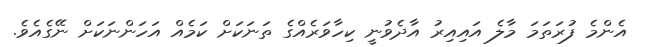
އެންމެ ފުރަތަމަ މާލެ އައިއިރު އާދެވުނީ ކިހާވަރެއްގެ ތަނަކަށް ކަމެއް އަހަންނަކަށް ނޭގެއެވެ.